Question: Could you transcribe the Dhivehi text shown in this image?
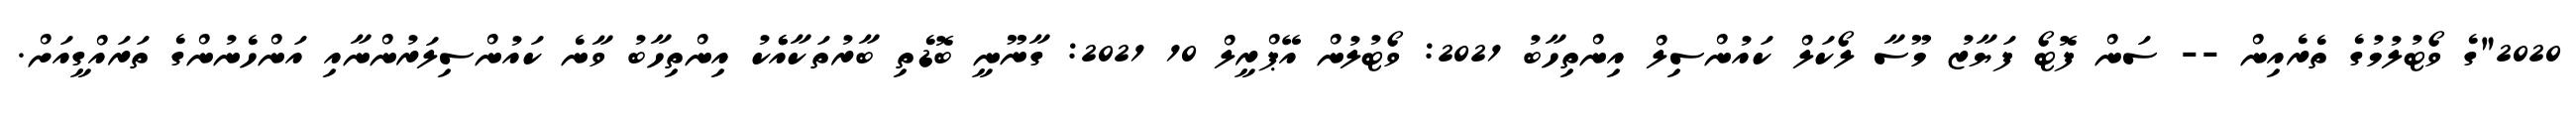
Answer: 2020"ގެ ވޯޓުލުމުގެ ތެރެއިން -- ސަން ފޮޓޯ ފަޔާޒު މޫސާ ލޯކަލް ކައުންސިލް އިންތިހާބު 2021: ވޯޓުލުން އޭޕްރީލް 10 2021: ގާނޫނީ ބޮޑެތި ބާރުތަކާއެެކު އިންތިހާބު ވާނެ ކައުންސިލަރުންނާއި އަންހެނުންގެ ތަރައްގީއަށް.